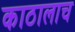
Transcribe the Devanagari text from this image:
काठालाच